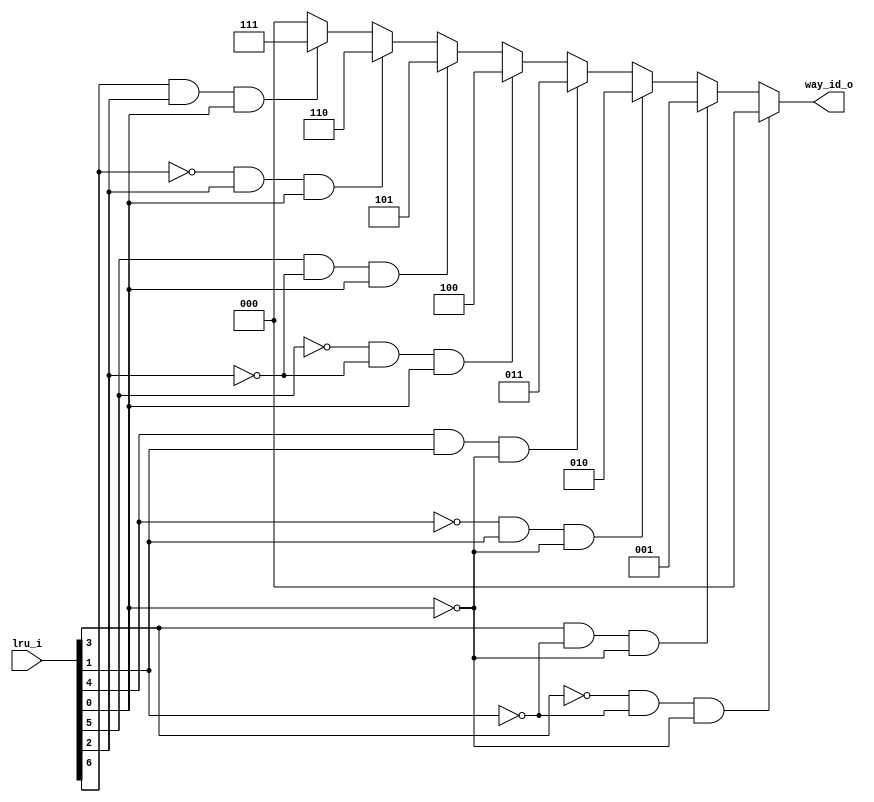
module bp_be_dcache_lru_encode_ways_p8
(
  lru_i,
  way_id_o
);

  input [6:0] lru_i;
  output [2:0] way_id_o;
  wire [2:0] way_id_o;
  wire N0,N1,N2,N3,N4,N5,N6,N7,N8,N9,N10,N11,N12,N13,N14,N15,N16,N17,N18,N19,N20,N21,
  N22,N23,N24,N25,N26,N27,N28,N29,N30;
  assign N11 = N8 & N9;
  assign N12 = N11 & N10;
  assign N13 = lru_i[3] & N9;
  assign N14 = N13 & N10;
  assign N16 = N15 & lru_i[1];
  assign N17 = N16 & N10;
  assign N18 = lru_i[4] & lru_i[1];
  assign N19 = N18 & N10;
  assign N22 = N20 & N21;
  assign N23 = N22 & lru_i[0];
  assign N24 = lru_i[5] & N21;
  assign N25 = N24 & lru_i[0];
  assign N27 = N26 & lru_i[2];
  assign N28 = N27 & lru_i[0];
  assign N29 = lru_i[6] & lru_i[2];
  assign N30 = N29 & lru_i[0];
  assign way_id_o = (N0)? { 1'b0, 1'b0, 1'b0 } : 
                    (N1)? { 1'b0, 1'b0, 1'b1 } : 
                    (N2)? { 1'b0, 1'b1, 1'b0 } : 
                    (N3)? { 1'b0, 1'b1, 1'b1 } : 
                    (N4)? { 1'b1, 1'b0, 1'b0 } : 
                    (N5)? { 1'b1, 1'b0, 1'b1 } : 
                    (N6)? { 1'b1, 1'b1, 1'b0 } : 
                    (N7)? { 1'b1, 1'b1, 1'b1 } : 1'b0;
  assign N0 = N12;
  assign N1 = N14;
  assign N2 = N17;
  assign N3 = N19;
  assign N4 = N23;
  assign N5 = N25;
  assign N6 = N28;
  assign N7 = N30;
  assign N8 = ~lru_i[3];
  assign N9 = ~lru_i[1];
  assign N10 = ~lru_i[0];
  assign N15 = ~lru_i[4];
  assign N20 = ~lru_i[5];
  assign N21 = ~lru_i[2];
  assign N26 = ~lru_i[6];

endmodule